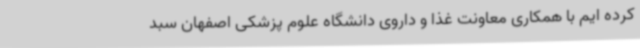
کرده ایم با همکاری معاونت غذا و داروی دانشگاه علوم پزشکی اصفهان سبد